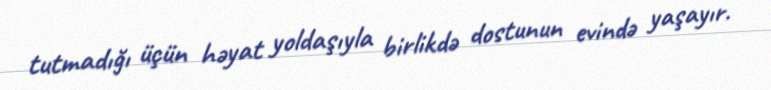
tutmadığı üçün həyat yoldaşıyla birlikdə dostunun evində yaşayır.